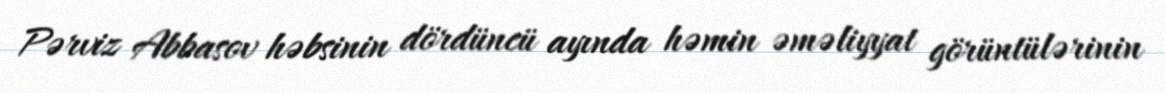
Pərviz Abbasov həbsinin dördüncü ayında həmin əməliyyat görüntülərinin